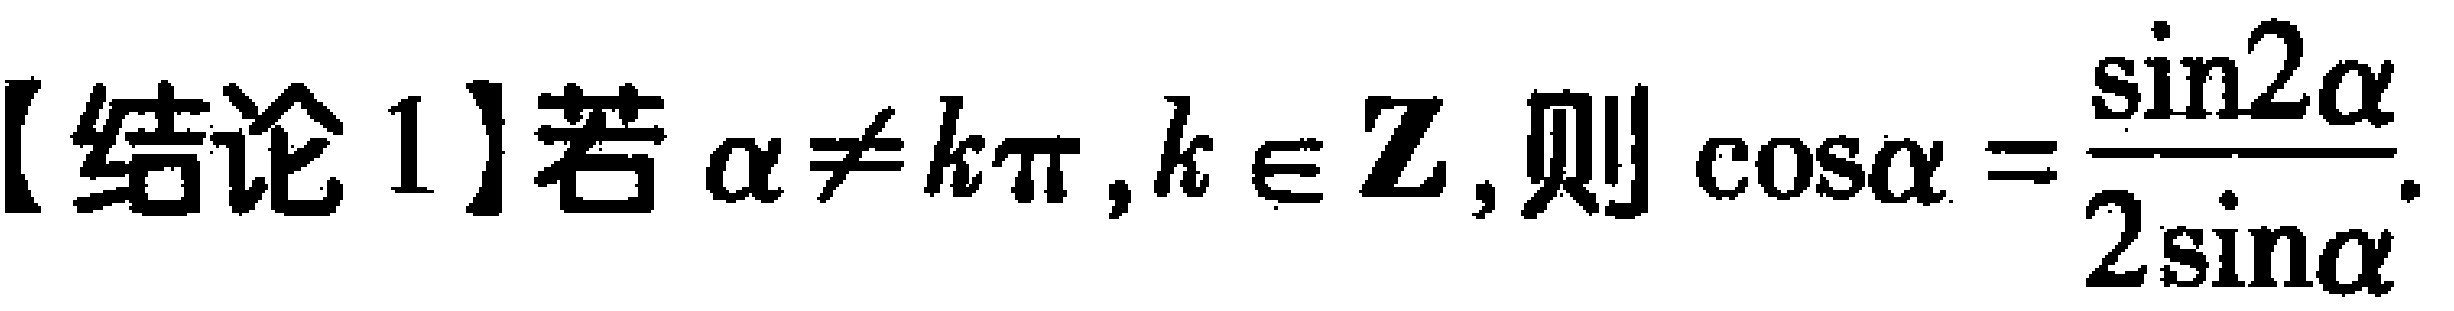
【结论 1】若\(\alpha\neq k\pi,k\in\mathbf{Z}\)，则\(\cos\alpha = \frac{\sin2\alpha}{2\sin\alpha}\)。